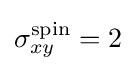
\sigma _{xy}^{\text{spin}}=2